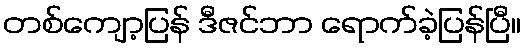
တစ်ကျော့ပြန် ဒီဇင်ဘာ ရောက်ခဲ့ပြန်ပြီ။